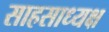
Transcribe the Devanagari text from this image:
साहसाध्यक्ष